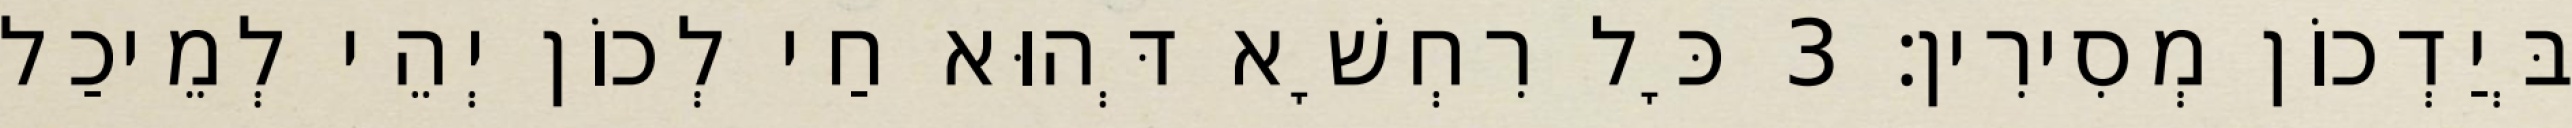
בְּיַדְכוֹן מְסִירִין׃ 3 כָּל רִחְשָׁא דְּהוּא חַי לְכוֹן יְהֵי לְמֵיכַל